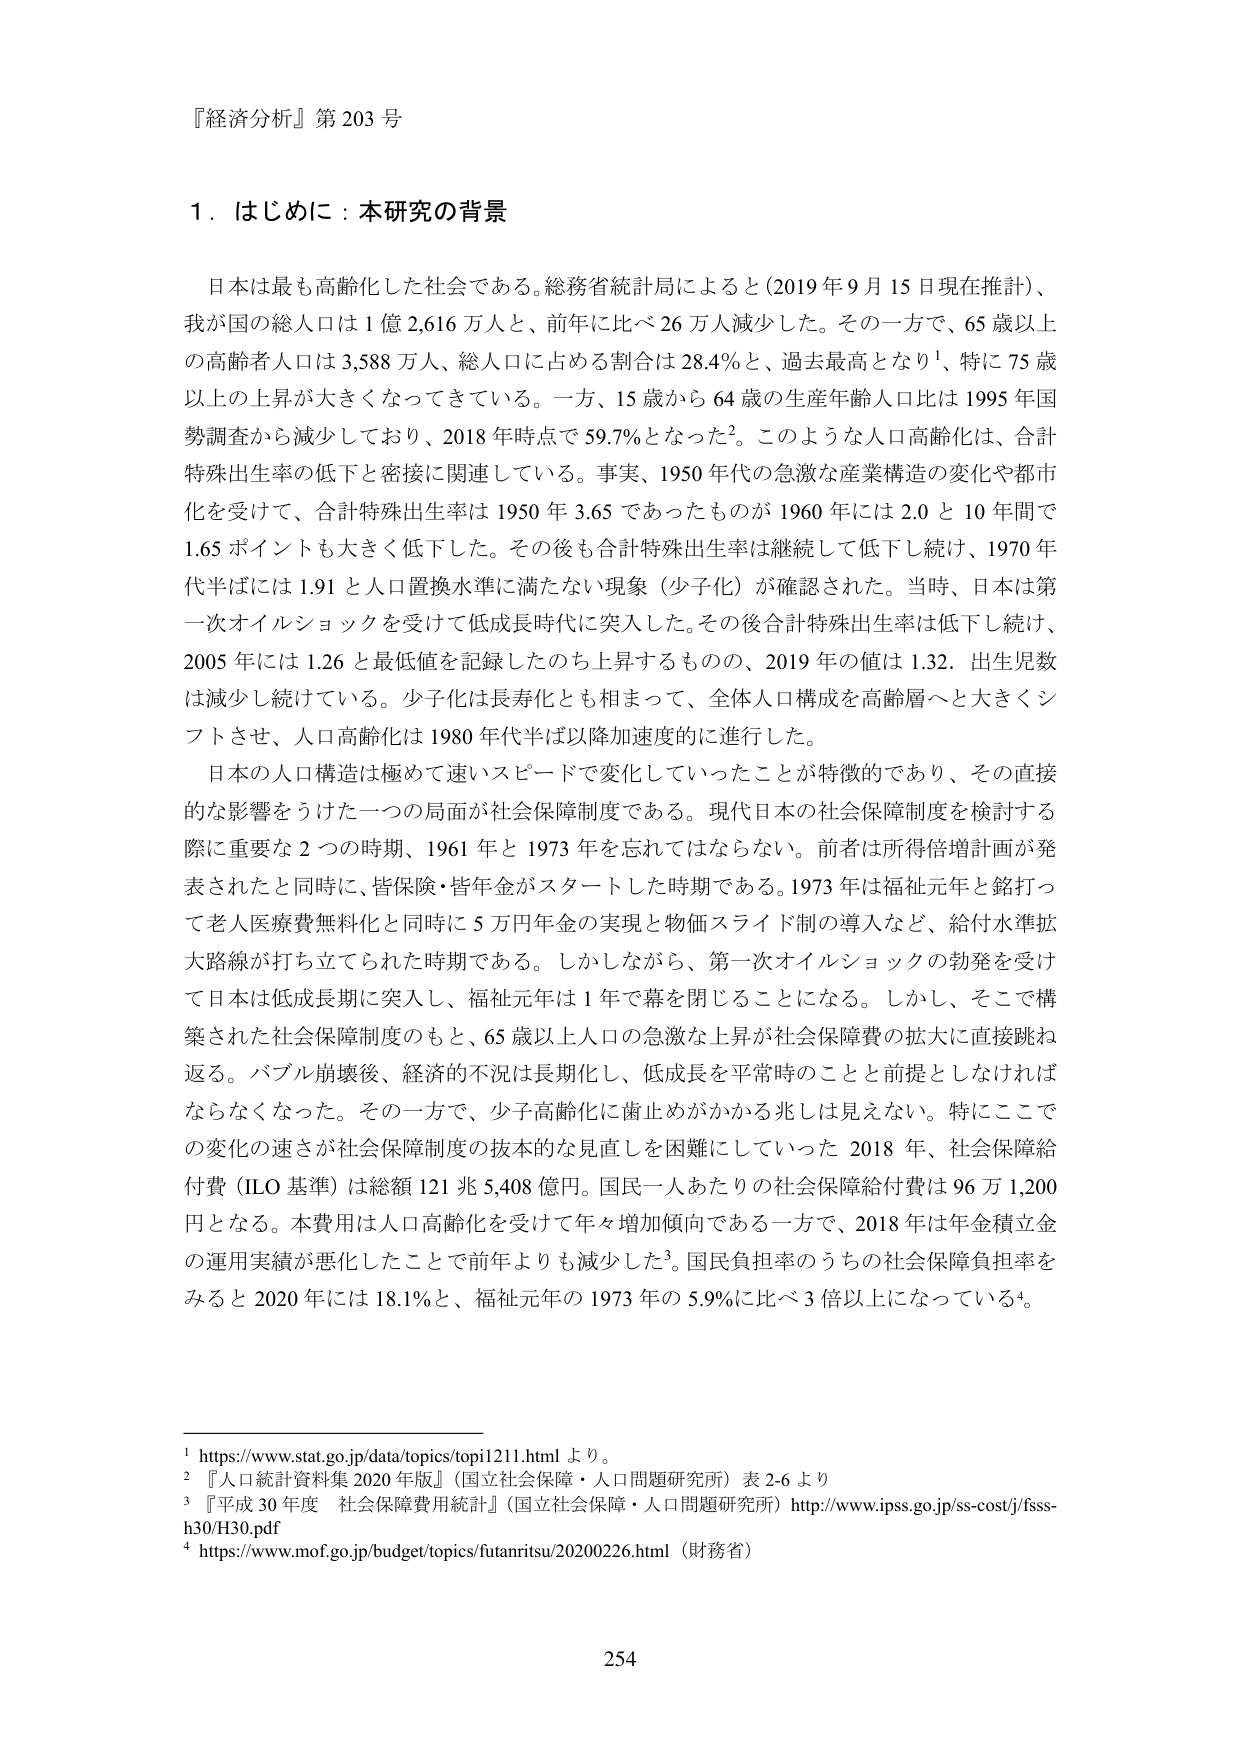
『経済分析』第203号

1．はじめに：本研究の背景

日本は最も高齢化した社会である。総務省統計局によると（2019年9月15日現在推計）、我が国の総人口は1億2,616万人と、前年に比べ26万人減少した。その一方で、65歳以上の高齢者人口は3,588万人、総人口に占める割合は28.4％と、過去最高となり¹、特に75歳以上の上昇が大きくなってきている。一方、15歳から64歳の生産年齢人口比は1995年国勢調査から減少しており、2018年時点で59.7％となった²。このような人口高齢化は、合計特殊出生率の低下と密接に関連している。事実、1950年代の急激な産業構造の変化や都市化を受けて、合計特殊出生率は1950年3.65であったものが1960年には2.0と10年間で1.65ポイントも大きく低下した。その後も合計特殊出生率は継続して低下し続け、1970年代半ばには1.91と人口置換水準に満たない現象（少子化）が確認された。当時、日本は第一次オイルショックを受けて低成長時代に突入した。その後合計特殊出生率は低下し続け、2005年には1.26と最低値を記録したのち上昇するものの、2019年の値は1.32、出生児数は減少し続けている。少子化は長寿化とも相まって、全体人口構成を高齢層へと大きくシフトさせ、人口高齢化は1980年代半ば以降加速度的に進行した。

日本の人口構造は極めて速いスピードで変化していったことが特徴的であり、その直接的な影響をうけた一つの局面が社会保障制度である。現代日本の社会保障制度を検討する際に重要な2つの時期、1961年と1973年を忘れてはならない。前者は所得倍増計画が発表されたと同時に、皆保険・皆年金がスタートした時期である。1973年は福祉元年と銘打って老人医療費無料化と同時に5万円年金の実現と物価スライド制の導入など、給付水準拡大路線が打ち立てられた時期である。しかしながら、第一次オイルショックの勃発を受けて日本は低成長期に突入し、福祉元年は1年で幕を閉じることになる。しかし、そこで構築された社会保障制度のもと、65歳以上人口の急激な上昇が社会保障費の拡大に直接跳ね返る。バブル崩壊後、経済的不況は長期化し、低成長を平常時のことと前提としなければならなくなった。その一方で、少子高齢化に歯止めがかかる兆しは見えない。特にここでの変化の速さが社会保障制度の抜本的な見直しを困難にしていた2018年、社会保障給付費（ILO基準）は総額121兆5,408億円。国民一人あたりの社会保障給付費は96万1,200円となる。本費用は人口高齢化を受けて年々増加傾向である一方で、2018年は年金積立金の運用実績が悪化したことで前年よりも減少した³。国民負担率のうちの社会保障負担率をみると2020年には18.1％と、福祉元年の1973年の5.9％に比べ3倍以上になっている⁴。

¹ https://www.stat.go.jp/data/topics/topi1211.html より。
² 『人口統計資料集2020年版』（国立社会保障・人口問題研究所）表2-6より
³ 『平成30年度 社会保障費用統計』（国立社会保障・人口問題研究所）http://www.ipss.go.jp/ss-cost/j/fsss-h30/H30.pdf
⁴ https://www.mof.go.jp/budget/topics/futamritsu/20200226.html（財務省）

254